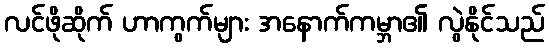
လင်ဖိုဆိုက် ဟာကွက်များ အနောက်ကမ္ဘာ၏ လွဲနိုင်သည်